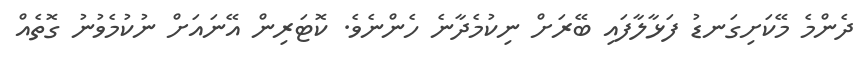
ދެންމެ މޭކަށިގަނޑު ފަޅާލާފައި ބޭރަށް ނިކުމެދާނެ ހެންނެވެ. ކޮޓަރިން އޭނައަށް ނުކުމެވުނު ގޮތެއް